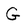
Character: G